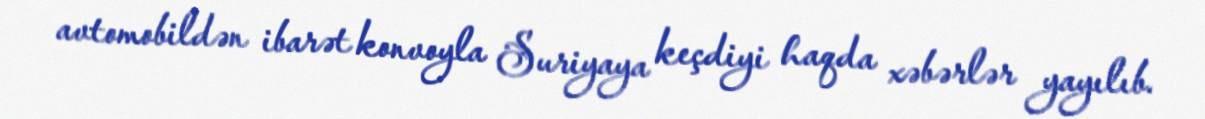
avtomobildən ibarət konvoyla Suriyaya keçdiyi haqda xəbərlər yayılıb.